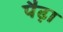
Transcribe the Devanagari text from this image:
पैढ़ा